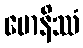
မောနိဿံ